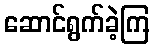
ဆောင်ရွက်ခဲ့ကြ